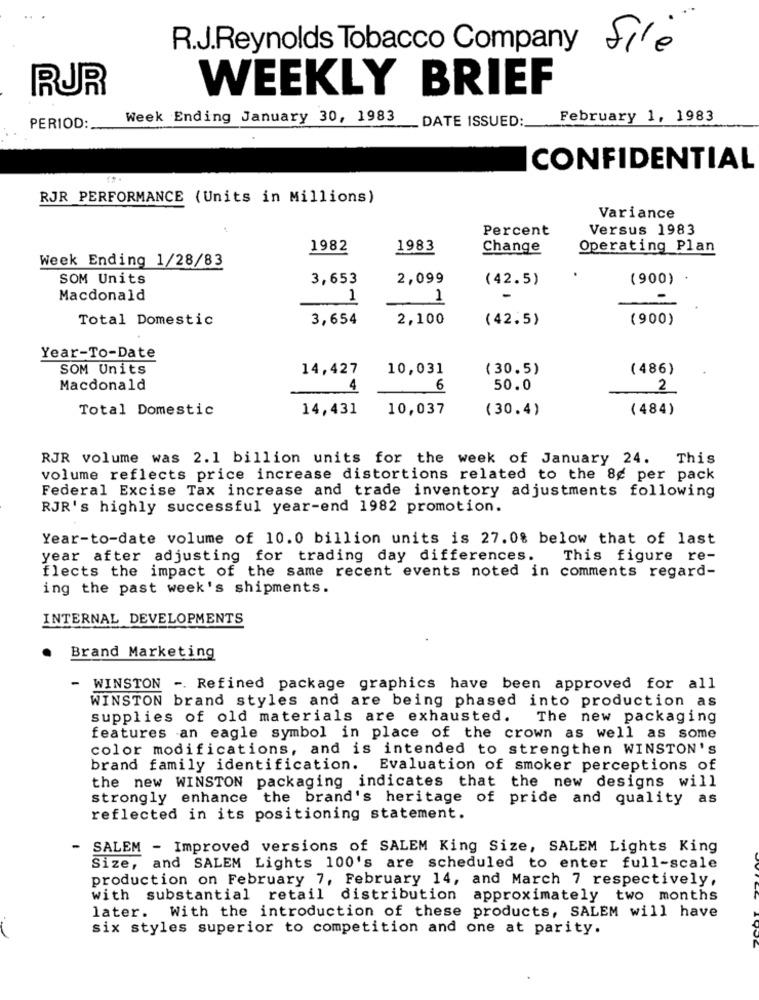
R.J.Reynolds Tobacco Company Sile
RUR
WEEKLY BRIEF
Week Ending January 30, 1983
DATE ISSUED:
February 1, 1983
PERIOD:
CONFIDENTIAL
RJR PERFORMANCE (Units in Millions)
Variance
Percent
Versus 1983
1982
1983
Change
Operating Plan
Week Ending 1/28/83
SOM Units
3,653
2,099
(42.5)
(900)
Macdonald
1
1
Total Domestic
3,654
2,100
(42.5)
(900)
Year-To-Date
SOM Units
14,427
10,031
( 30.5)
(486)
Macdonald
4
6
50.0
2
Total Domestic
14,431
10,037
(30.4)
(484)
RJR volume was 2.1 billion units for the week of January 24. This
volume reflects price increase distortions related to the 8g per pack
Federal Excise Tax increase and trade inventory adjustments following
RJR's highly successful year-end 1982 promotion.
Year-to-date volume of 10.0 billion units is 27.0% below that of last
year after adjusting for trading day differences.
This figure re-
flects the impact of the same recent events noted in comments regard-
ing the past week's shipments.
INTERNAL DEVELOPMENTS
Brand Marketing
- WINSTON -. Refined package graphics have been approved for all
WINSTON brand styles and are being phased into production as
supplies of old materials are exhausted. The new packaging
features an eagle symbol in place of the crown as well as some
color modifications, and is intended to strengthen WINSTON's
brand family identification. Evaluation of smoker perceptions of
the new WINSTON packaging indicates that the new designs will
strongly enhance the brand's heritage of pride and quality as
reflected in its positioning statement.
SALEM - Improved versions of SALEM King Size, SALEM Lights King
Size, and SALEM Lights 100's are scheduled to enter full-scale
production on February 7, February 14, and March 7 respectively,
with substantial retail distribution approximately two months
later.
With the introduction of these products, SALEM will have
six styles superior to competition and one at parity.